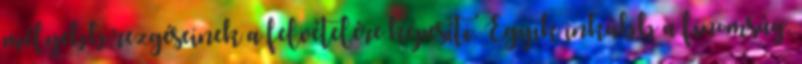
mélyebb rezgéseinek a felvételére képesíti. Egyik inkább a finomság,